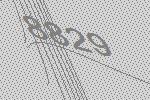
8829